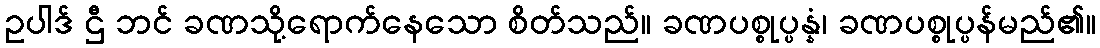
ဥပါဒ် ဌီ ဘင် ခဏသို့ရောက်နေသော စိတ်သည်။ ခဏပစ္စုပ္ပန္နံ၊ ခဏပစ္စုပ္ပန်မည်၏။